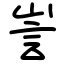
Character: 訔